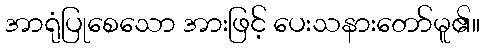
အာရုံပြုစေသော အားဖြင့် ပေးသနားတော်မူ၏။